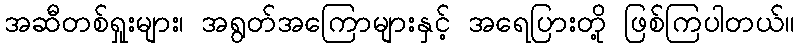
အဆီတစ်ရှုးများ၊ အရွတ်အကြောများနှင့် အရေပြားတို့ ဖြစ်ကြပါတယ်။